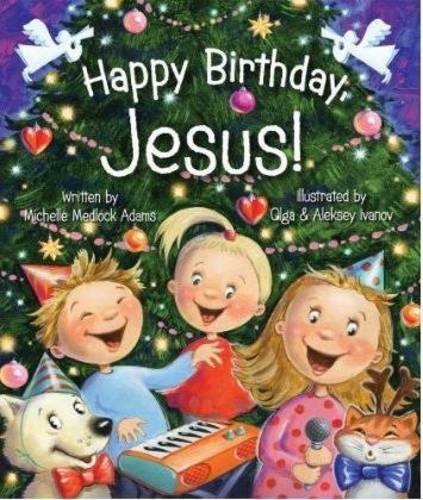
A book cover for HAPPY BIRTHDAY JESUS; Michelle Medlock Adams; Children's Books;